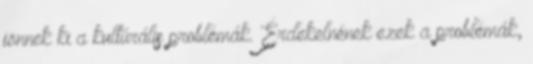
jönnek ki a kultúrális problémák. Érdekelnének ezek a problémák,